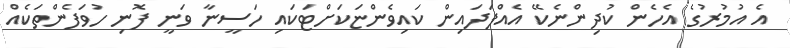
އެ އުމުރުގެ އެހެން ކުދިންނެކޭ އެއްފަދައިން ކައިވެންޏަކަށްޓަކައި ހަސީނާ ވަނީ ފޮނި ހުވަފެންތަކެއް